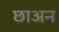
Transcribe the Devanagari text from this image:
छाअन